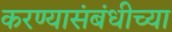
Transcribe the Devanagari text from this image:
करण्यासंबंधीच्या